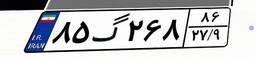
۸۵گ۲۶۸۸۶